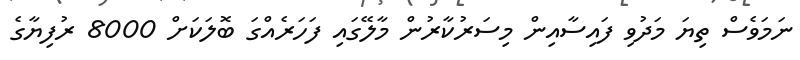
ނަމަވެސް ތިޔަ މަދުވި ފައިސާއިން މިސަރުކާރުން މާލޭގައި ފަހަރެއްގަ ބޮލަކަށް 8000 ރުފިޔާގެ